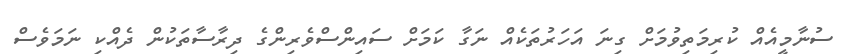
ސުނާމީއެއް ކުރިމަތިވުމަށް ގިނަ އަހަރުތަކެއް ނަގާ ކަމަށް ސައިންސްވެރިންގެ ދިރާސާތަކުން ދެއްކި ނަމަވެސް